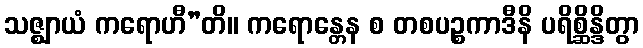
သဇ္ဈာယံ ကရောဟီ”တိ။ ကရောန္တေန စ တစပဉ္စကာဒီနိ ပရိစ္ဆိန္ဒိတွာ